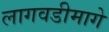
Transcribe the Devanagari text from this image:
लागवडीमागे